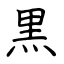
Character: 黒